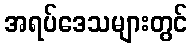
အရပ်ဒေသများတွင်